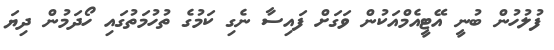
ފުލުހުން ބުނީ އޭޓީއެމްއަކުންް ވަގަށް ފައިސާ ނެގި ކަމުގެ ތުހުމަތުގައި ހޯދަމުން ދިޔަ